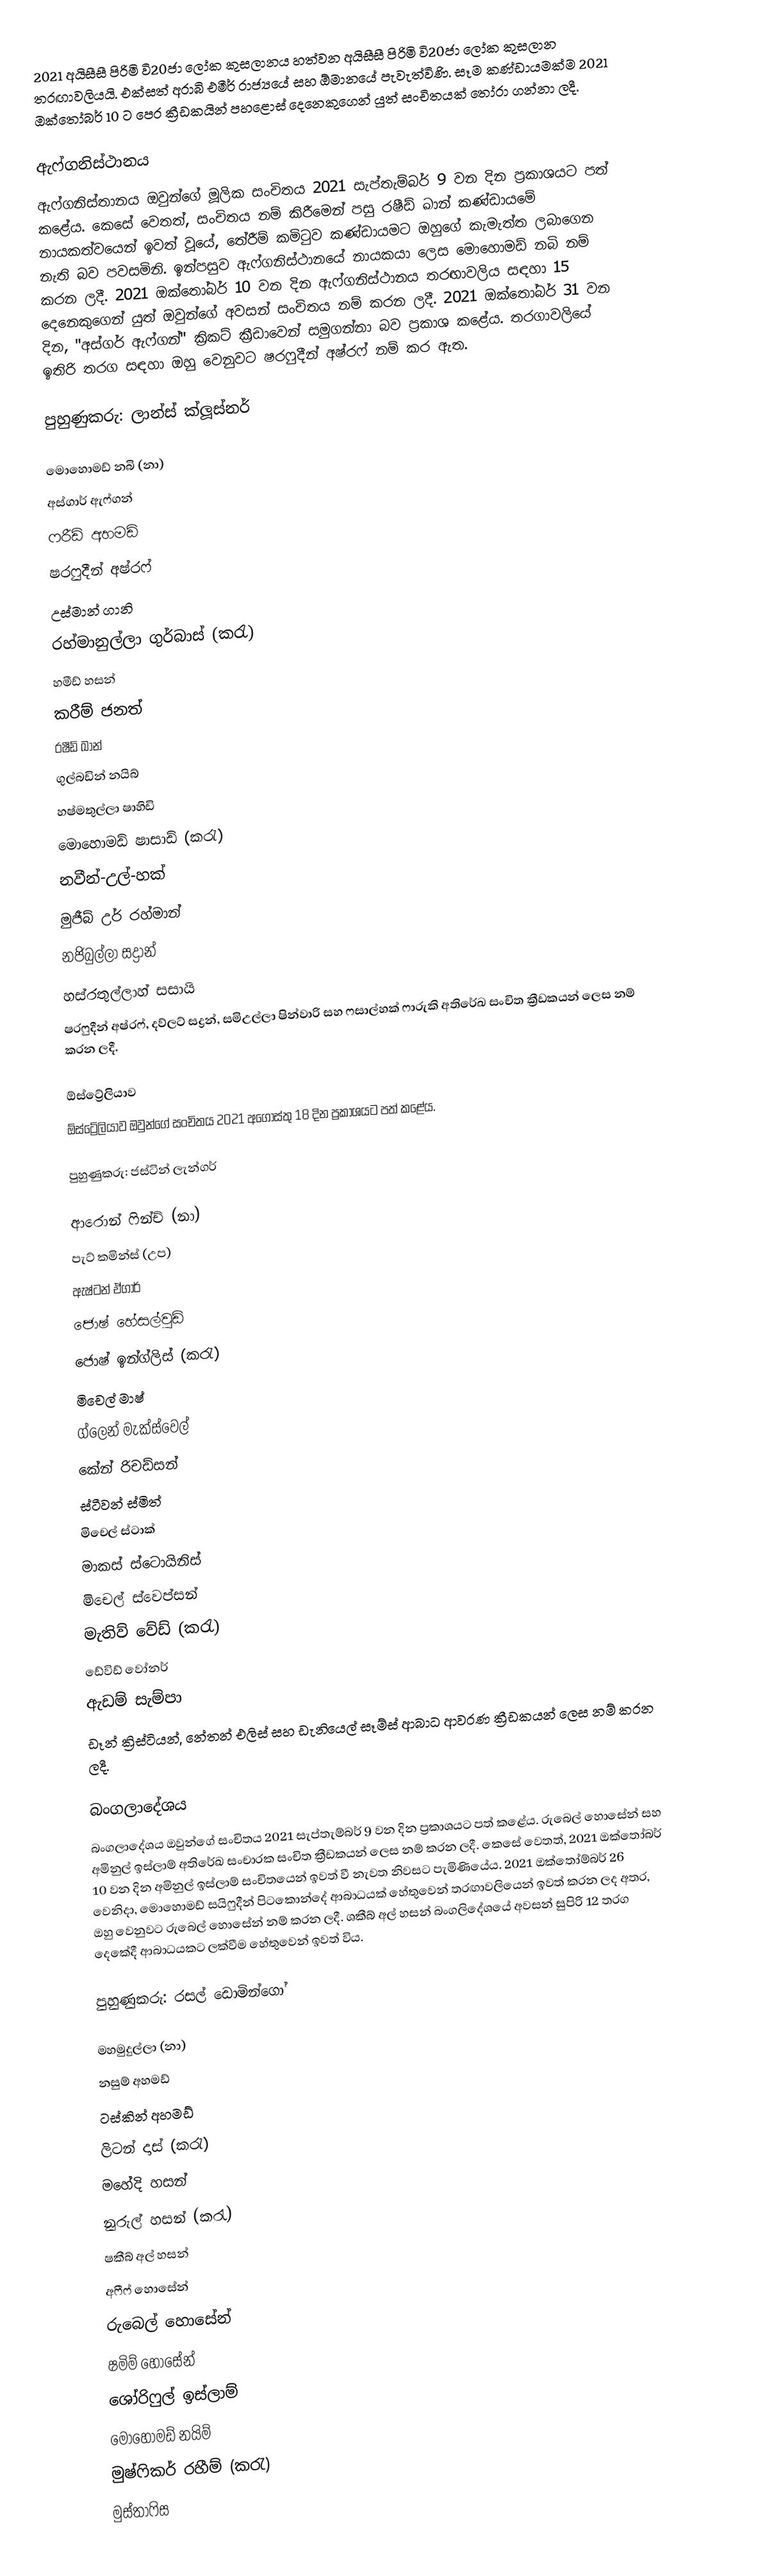
2021 අයිසීසී පිරිමි වි20ජා ලෝක කුසලානය හත්වන අයිසීසී පිරිමි වි20ජා ලෝක කුසලාන තරඟාවලියයි. එක්සත් අරාබි එමීර් රාජ්‍යයේ සහ ඕමානයේ පැවැත්විණි. සෑම කණ්ඩායමක්ම 2021 ඔක්තෝබර් 10 ට පෙර ක්‍රීඩකයින් පහළොස් දෙනෙකුගෙන් යුත් සංචිතයක් තෝරා ගන්නා ලදී.

ඇෆ්ගනිස්ථානය
ඇෆ්ගනිස්තානය ඔවුන්ගේ මූලික සංචිතය 2021 සැප්තැම්බර් 9 වන දින ප්‍රකාශයට පත් කළේය. කෙසේ වෙතත්, සංචිතය නම් කිරීමෙන් පසු රෂීඩ් ඛාන් කණ්ඩායමේ නායකත්වයෙන් ඉවත් වූයේ, තේරීම් කමිටුව කණ්ඩායමට ඔහුගේ කැමැත්ත ලබාගෙන නැති බව පවසමිනි. ඉන්පසුව ඇෆ්ගනිස්ථානයේ නායකයා ලෙස මොහොමඩ් නබි නම් කරන ලදී. 2021 ඔක්තෝබර් 10 වන දින ඇෆ්ගනිස්ථානය තරඟාවලිය සඳහා 15 දෙනෙකුගෙන් යුත් ඔවුන්ගේ අවසන් සංචිතය නම් කරන ලදී. 2021 ඔක්තෝබර් 31 වන දින, "අස්ගර් ඇෆ්ගන්" ක්‍රිකට් ක්‍රීඩාවෙන් සමුගන්නා බව ප්‍රකාශ කළේය. තරගාවලියේ ඉතිරි තරග සඳහා ඔහු වෙනුවට ෂරෆුදීන් අෂ්රෆ් නම් කර ඇත.

පුහුණුකරු:  ලාන්ස් ක්ලූස්නර්

 මොහොමඩ් නබි (නා)
 අස්ගාර් ඇෆ්ගන්
 ෆරීඩ් අහමඩ්
 ෂරෆුදීන් අෂ්රෆ්
 උස්මාන් ගානි
 රහ්මානුල්ලා ගුර්බාස් (කරැ)
 හමීඩ් හසන්
 කරීම් ජනත්
 රෂීඩ් ඛාන්
 ගුල්බඩින් නයිබ්
 හෂ්මතුල්ලා ෂාහිඩි
 මොහොමඩ් ෂාසාඩ් (කරැ)
 නවීන්-උල්-හක්
 මුජීබ් උර් රහ්මාන්
 නජිබුල්ලා සද්‍රාන්
 හස්රතුල්ලාහ් සසායි
ෂරෆුදීන් අෂ්රෆ්, දව්ලට් සද්‍රන්, සමිඋල්ලා ෂින්වාරි සහ ෆසාල්හක් ෆාරුකි අතිරේඛ සංචිත ක්‍රීඩකයන් ලෙස නම් කරන ලදී.

ඕස්ට්‍රේලියාව
ඕස්ට්‍රේලියාව ඔවුන්ගේ සංචිතය 2021 අගෝස්තු 18 දින ප්‍රකාශයට පත් කළේය.

පුහුණුකරු:  ජස්ටින් ලැන්ගර්

 ආරොන් ෆින්ච් (නා)
 පැට් කමින්ස් (උප)
 ඇෂ්ටන් ඒගාර්
 ජොෂ් හේසල්වුඩ්
 ජොෂ් ඉන්ග්ලිස් (කරැ)
 මිචෙල් මාෂ්
 ග්ලෙන් මැක්ස්වෙල්
 කේන් රිචඩ්සන්
 ස්ටීවන් ස්මිත්
 මිචෙල් ස්ටාක්
 මාකස් ස්ටොයිනිස්
 මිචෙල් ස්වෙප්සන්
 මැතිව් වේඩ් (කරැ)
 ඩේවිඩ් වෝනර්
 ඇඩම් සැම්පා
ඩෑන් ක්‍රිස්ටියන්, නේතන් එලිස් සහ ඩැනියෙල් සෑම්ස් ආබාධ ආවරණ ක්‍රීඩකයන් ලෙස නම් කරන ලදී.

බංගලාදේශය
බංගලාදේශය ඔවුන්ගේ සංචිතය 2021 සැප්තැම්බර් 9 වන දින ප්‍රකාශයට පත් කළේය. රුබෙල් හොසේන් සහ අමිනුල් ඉස්ලාම් අතිරේඛ සංචාරක සංචිත ක්‍රීඩකයන් ලෙස නම් කරන ලදී. කෙසේ වෙතත්, 2021 ඔක්තෝබර් 10 වන දින අමිනුල් ඉස්ලාම් සංචිතයෙන් ඉවත් වී නැවත නිවසට පැමිණියේය. 2021 ඔක්තෝම්බර් 26 වෙනිදා, මොහොමඩ් සයිෆුදීන් පිටකොන්දේ ආබාධයක් හේතුවෙන් තරඟාවලියෙන් ඉවත් කරන ලද අතර, ඔහු වෙනුවට රුබෙල් හොසේන් නම් කරන ලදී. ශකීබ් අල් හසන් බංගලිදේශයේ අවසන් සුපිරි 12 තරග දෙකේදී ආබාධයකට ලක්වීම හේතුවෙන් ඉවත් විය.

පුහුණුකරු:  රසල් ඩොමින්ගෝ

 මහමුදුල්ලා (නා)
 නසුම් අහමඩ්
 ටස්කින් අහමඩ්
 ලිටන් දාස් (කරැ)
 මහේදි හසන්
 නුරුල් හසන් (කරැ)
 ෂකීබ් අල් හසන්
 අෆීෆ් හොසේන්
 රුබෙල් හොසේන්
 ෂමිම් හොසේන්
 ශෝරිෆුල් ඉස්ලාම්
 මොහොමඩ් නයිම්
 මුෂ්ෆිකර් රහීම් (කරැ)
 මුස්තාෆිස